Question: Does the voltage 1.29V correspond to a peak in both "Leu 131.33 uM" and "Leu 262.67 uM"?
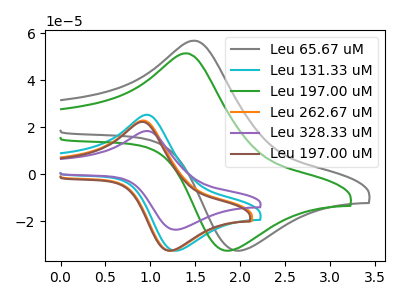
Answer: <think>The gray curve "Leu 65.67 uM" has an anodic peak at (1.50V, 56.75uA) and a cathodic peak at (2.00V, -32.65uA). The cyan curve "Leu 131.33 uM" has an anodic peak at (0.95V, 25.25uA) and a cathodic peak at (1.30V, -32.65uA). The green curve "Leu 197.00 uM" has an anodic peak at (1.40V, 51.40uA) and a cathodic peak at (1.85V, -32.65uA). The orange curve "Leu 262.67 uM" has an anodic peak at (0.90V, 22.80uA) and a cathodic peak at (1.25V, -32.65uA). The purple curve "Leu 328.33 uM" has an anodic peak at (0.95V, 18.35uA) and a cathodic peak at (1.30V, -23.70uA). The brown curve "Leu 197.00 uM" has an anodic peak at (0.90V, 22.20uA) and a cathodic peak at (1.20V, -32.65uA).</think>
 <answer>Yes, "Leu 131.33 uM" and "Leu 262.67 uM" share a peak at 1.29V.</answer>
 <eval>match</eval>